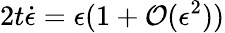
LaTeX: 2t\dot{\epsilon}=\epsilon(1+\mathcal{O}(\epsilon^{2}))